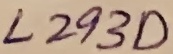
Text: L293D